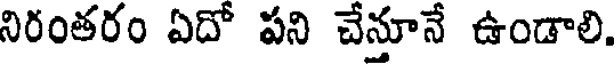
నిరంతరం ఏదో పని చేనూనే ఉండాలి.